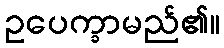
ဥပေက္ခာမည်၏။